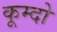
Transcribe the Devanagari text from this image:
कूम्दो